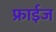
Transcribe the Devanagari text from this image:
फ्राईज